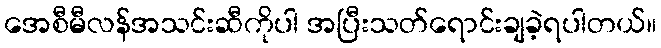
အေစီမီလန်အသင်းဆီကိုပါ အပြီးသတ်ရောင်းချခဲ့ရပါတယ်။